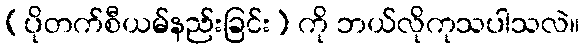
(ပိုတက်စီယမ်နည်းခြင်း) ကို ဘယ်လိုကုသပါသလဲ။